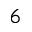
\AA ^ { 6 }